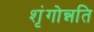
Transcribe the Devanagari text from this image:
शृंगोन्नति